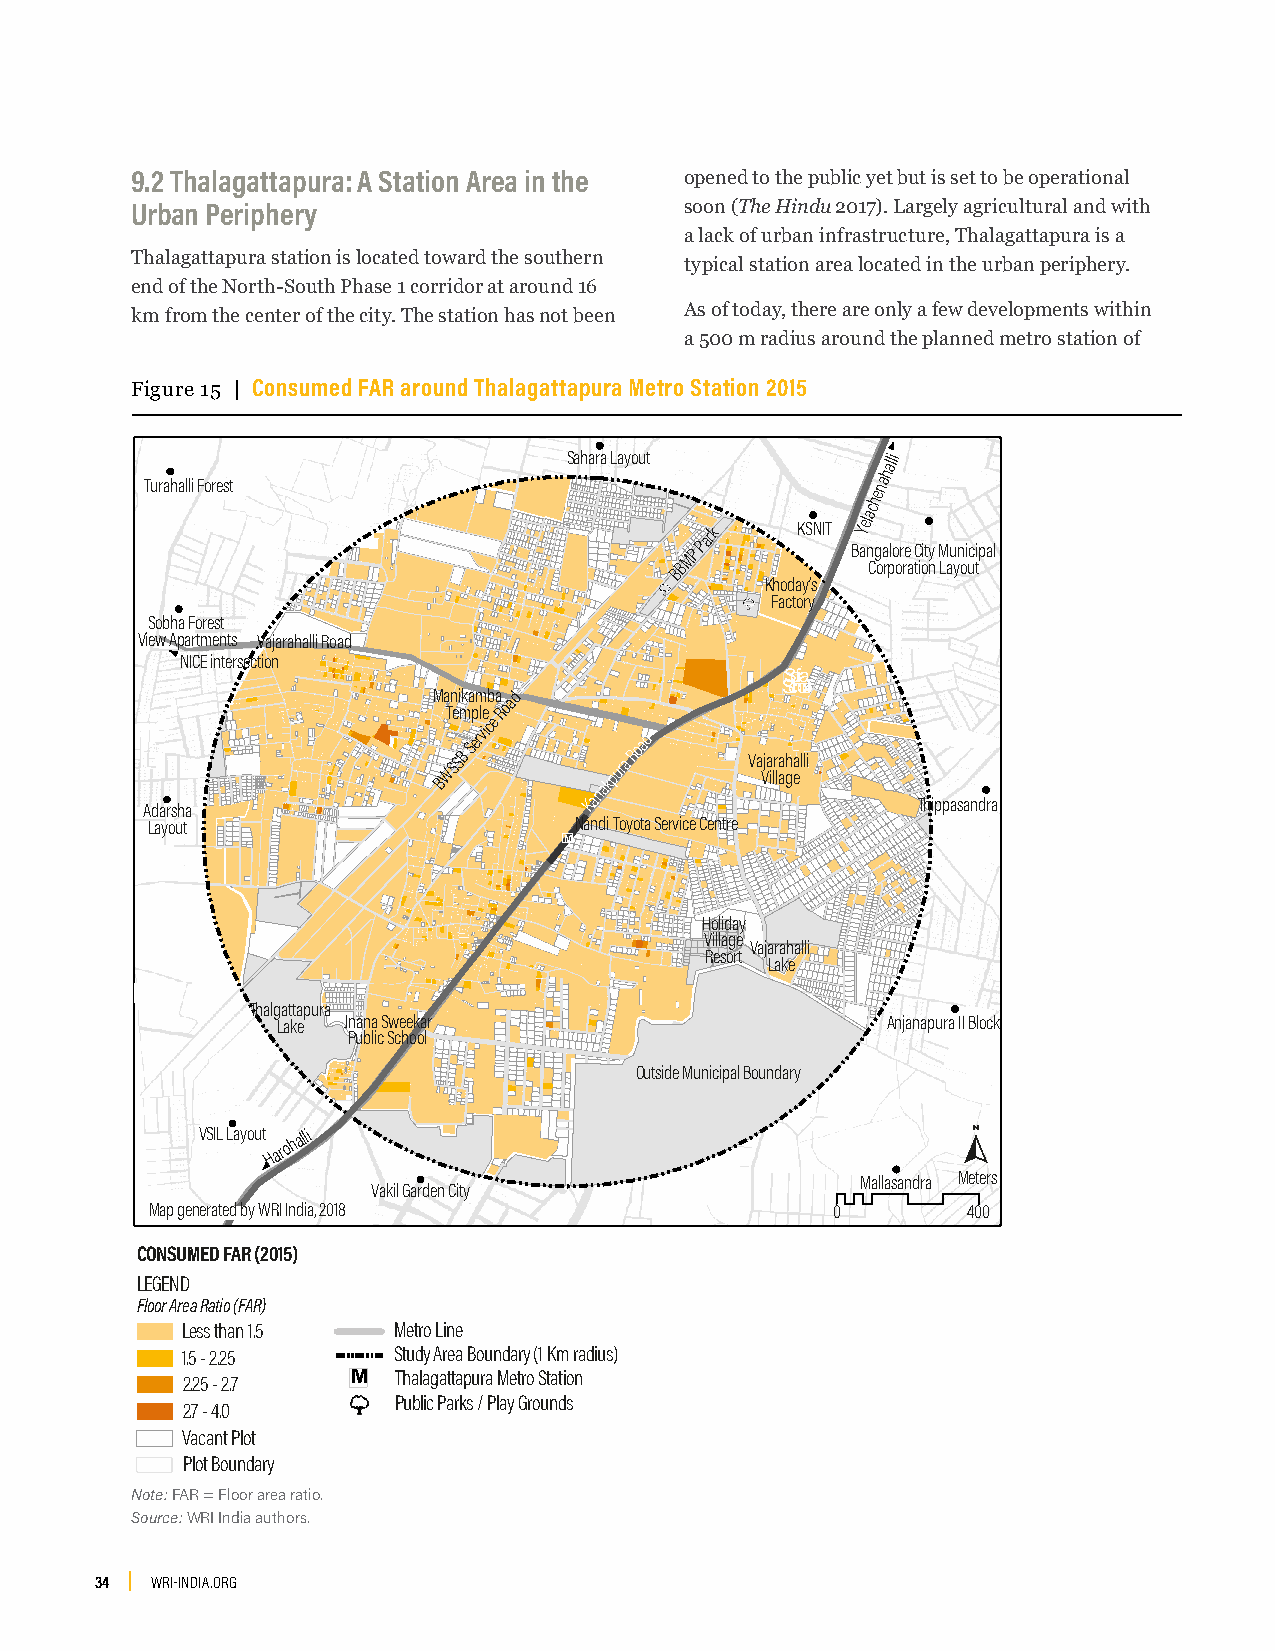
9.2 Thalagattapura: A Station Area in the opened to the public yet but is set to be operational
 Urban Periphery                     soon (The Hindu 2017). Largely agricultural and with
 a lack of urban infrastructure, Thalagattapura is a
 Thalagattapura station is located toward the southern
 typical station area located in the urban periphery.
 end of the North-South Phase 1 corridor at around 16
 As of today, there are only a few developments within
 km from the center of the city. The station has not been
 a 500 m radius around the planned metro station of
 Figure 15 | Consumed FAR around Thalagattapura Metro Station 2015
 Sahara Layout       alli
 h
 Turahalli Forest                                na
 e
 h
 ac
 MP
 Park   KSNIT BYe al
 ngalore City Municipal
 BB           Corporation Layout
 Khoday’s
 Factory
 Sobha Forest
 View Apartments Vajarahalli Road
 NICE intersection
 Sofia
 School
 Adarsha
 M Ba
 WT
 Sn
 e
 Si
 Bm
 k Sa
 ep
 rm
 vl ie
 cb
 e
 a Road
 Kanakpura
 Road
 Va Vja ilr laa gh ealli
 Thippasandra
 Layout                      Nandi Toyota Service Centre
 M
 Holiday
 Village
 Vajarahalli
 Resort
 Lake
 Thalgattapura
 Lake Jnana Sweekar                       Anjanapura II Block
 Public School
 Outside Municipal Boundary
 VSIL Layout Harohalli
 Mallasandra Meters
 Vakil Garden City
 Map generated by WRI India, 2018             0        400
 CONSUMED FAR (2015)
 LEGEND
 Floor Area Ratio (FAR)
 Less than 1.5 Metro Line
 1.5 - 2.25    Study Area Boundary (1 Km radius)
 2.25 - 2.7 M  Thalagattapura Metro Station
 Public Parks / Play Grounds
 2.7 - 4.0
 Vacant Plot
 Plot Boundary
 Note: FAR = Floor area ratio.
 Source: WRI India authors.
 34  WRI-INDIA.ORG